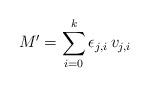
LaTeX: \begin{align*} M' = \sum_{i=0}^{k} \epsilon_{j,i} \,v_{j,i}\end{align*}